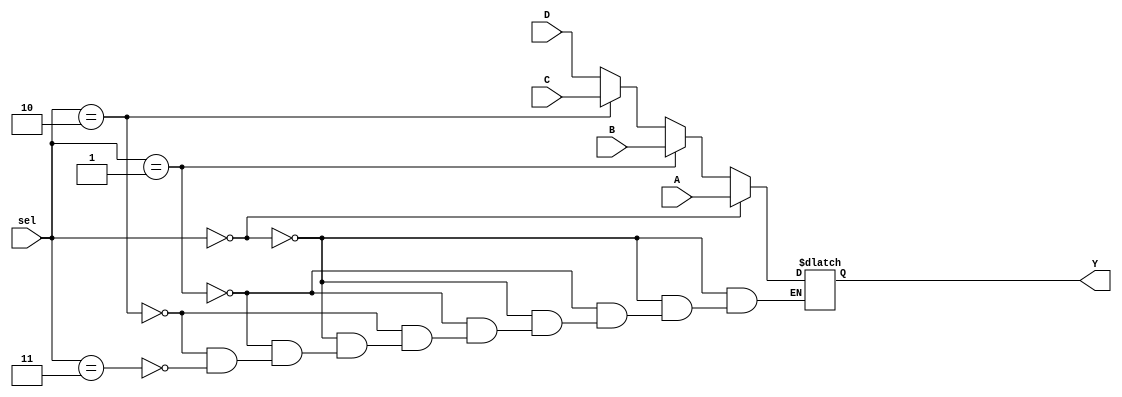
// 4-1 mux

module mux4 (sel, A, B, C, D, Y);
	input [1:0] sel;
	input [4:0] A,B,C,D;
	output reg [4:0] Y;
	
	always @(sel or A or B or C or D)
		if (sel == 2'b00) Y=A;
		else if (sel == 2'b01) Y=B;
		else if (sel == 2'b10) Y=C;
		else if (sel == 2'b11) Y=D;
		
endmodule